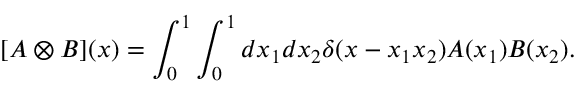
[ A \otimes B ] ( x ) = \int _ { 0 } ^ { 1 } \int _ { 0 } ^ { 1 } d x _ { 1 } d x _ { 2 } \delta ( x - x _ { 1 } x _ { 2 } ) A ( x _ { 1 } ) B ( x _ { 2 } ) .